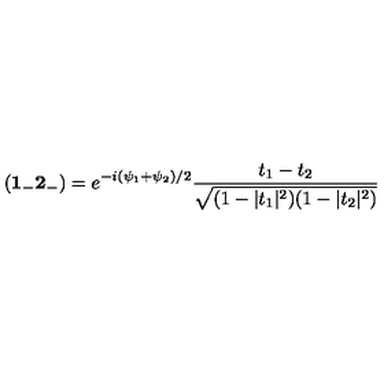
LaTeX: ( { \bf 1 _ { - } 2 _ { - } } ) = e ^ { - i { ( \psi _ { 1 } + \psi _ { 2 } ) / 2 } } \frac { t _ { 1 } - t _ { 2 } } { \sqrt { ( 1 - | t _ { 1 } | ^ { 2 } ) ( 1 - | t _ { 2 } | ^ { 2 } ) } }